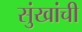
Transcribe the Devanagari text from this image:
सुंखांची